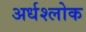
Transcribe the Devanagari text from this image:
अर्धश्लोक